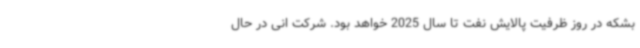
بشکه در روز ظرفیت پالایش نفت تا سال 2025 خواهد بود. شرکت انی در حال